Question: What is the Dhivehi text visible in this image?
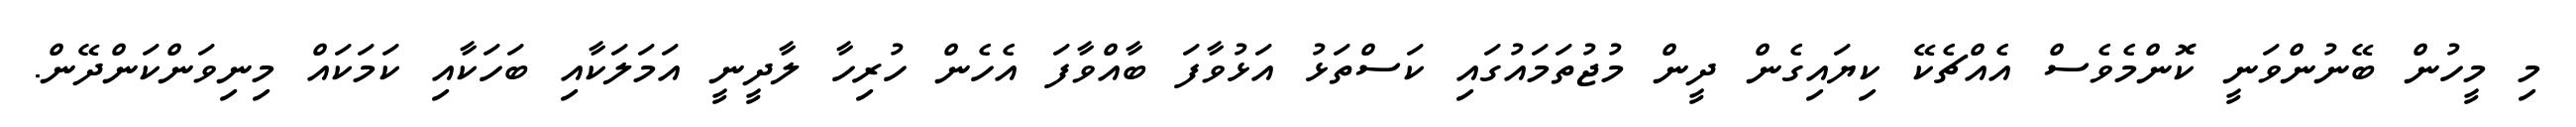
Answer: މި މީހުން ބޭނުންވަނީ ކޮންމެވެސް އެއްޗެކޭ ކިޔައިގެން ދީން މުޖުތަމައުގައި ކަސްތަޅު އަޅުވާފަ ބާއްވާފަ އެހެން ހުރިހާ ލާދީނީ އަމަލަކާއި ބަހަކާއި ކަމަކައް މިނިވަންކަންދޭން.